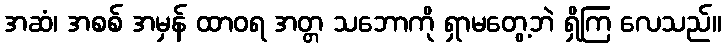
အဆံ၊ အစစ် အမှန် ထာဝရ အတ္တ သဘောကို ရှာမတွေ့ဘဲ ရှိကြ လေသည်။